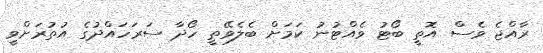
ރާއްޖެ ވެސް އޮތީ ބޯޓު ވެއްޓުނު ކަމަށް ބެލެވޭތީ ހޯދާ ސަރަހައްދުގެ އުތުރަށްވީ